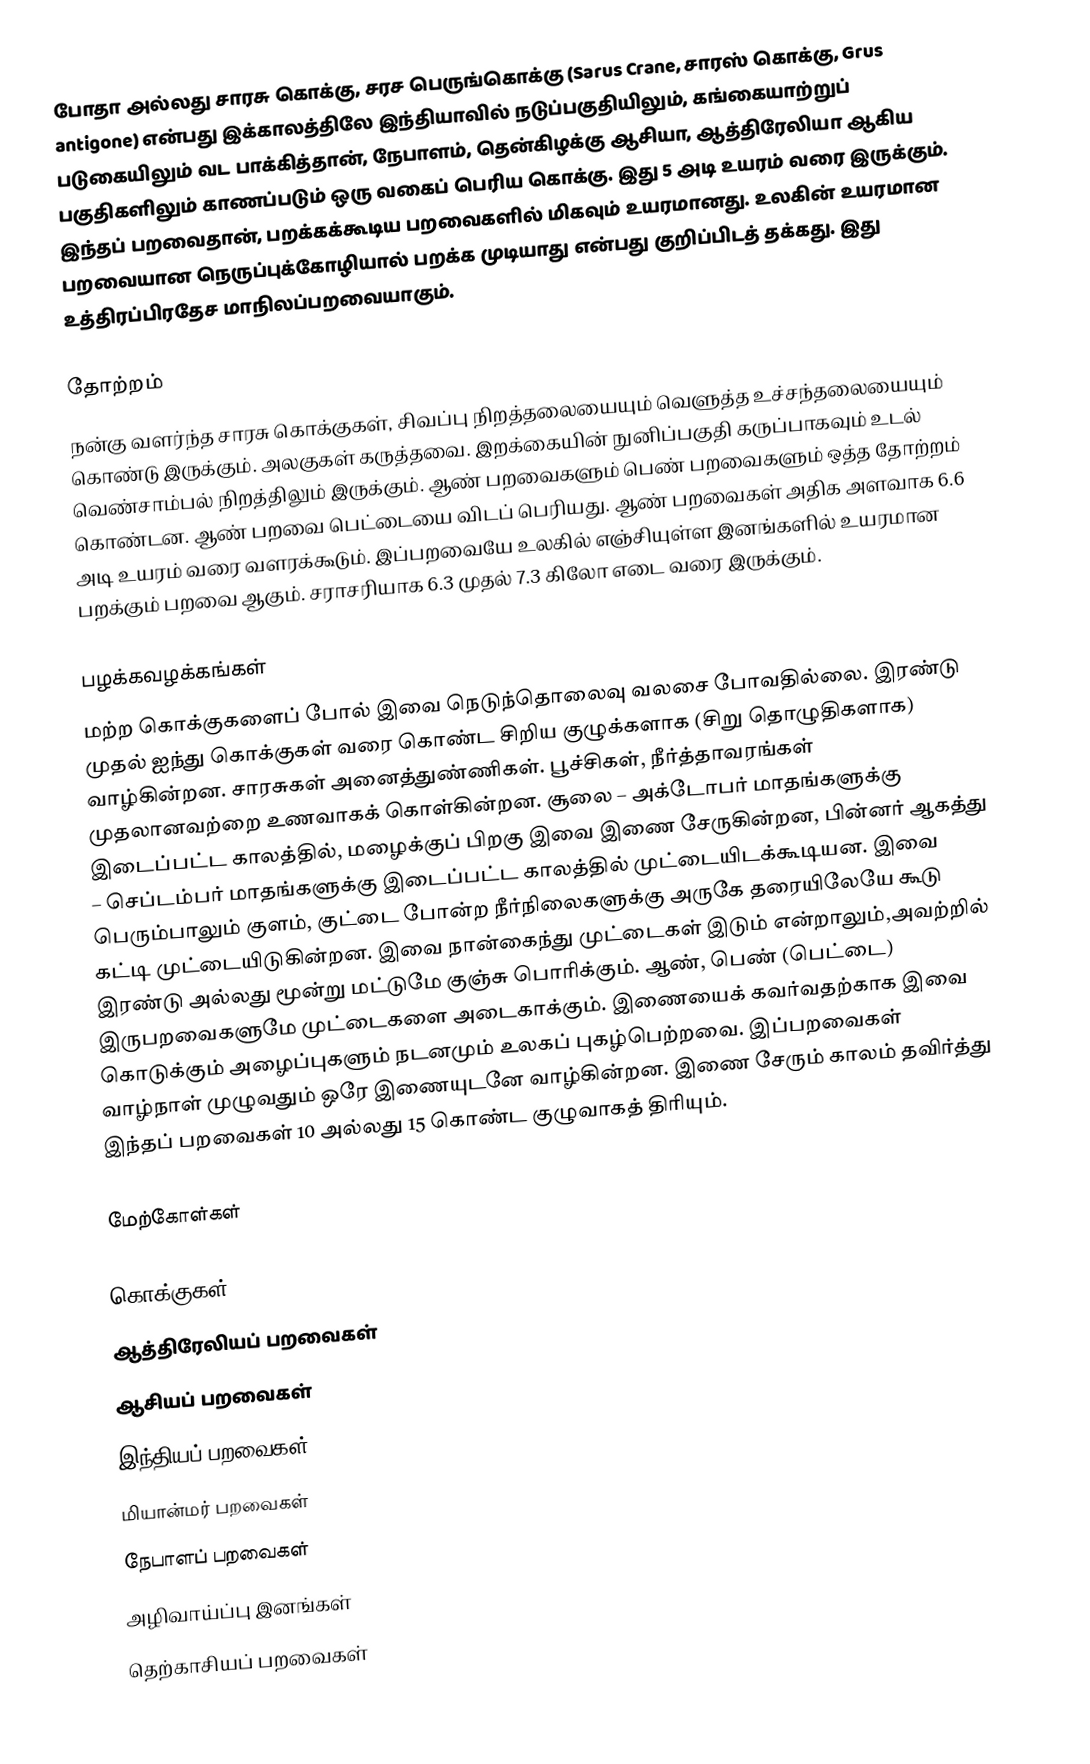
போதா அல்லது சாரசு கொக்கு, சரச பெருங்கொக்கு (Sarus Crane, சாரஸ் கொக்கு, Grus antigone) என்பது இக்காலத்திலே இந்தியாவில் நடுப்பகுதியிலும், கங்கையாற்றுப் படுகையிலும் வட பாக்கித்தான், நேபாளம், தென்கிழக்கு ஆசியா, ஆத்திரேலியா ஆகிய பகுதிகளிலும் காணப்படும் ஒரு வகைப் பெரிய கொக்கு. இது 5 அடி உயரம் வரை இருக்கும். இந்தப் பறவைதான், பறக்கக்கூடிய பறவைகளில் மிகவும் உயரமானது. உலகின் உயரமான பறவையான நெருப்புக்கோழியால் பறக்க முடியாது என்பது குறிப்பிடத் தக்கது. இது உத்திரப்பிரதேச மாநிலப்பறவையாகும்.

தோற்றம்
நன்கு வளர்ந்த சாரசு கொக்குகள், சிவப்பு நிறத்தலையையும் வெளுத்த உச்சந்தலையையும் கொண்டு இருக்கும். அலகுகள் கருத்தவை. இறக்கையின் நுனிப்பகுதி கருப்பாகவும் உடல் வெண்சாம்பல் நிறத்திலும் இருக்கும். ஆண் பறவைகளும் பெண் பறவைகளும் ஒத்த தோற்றம் கொண்டன. ஆண் பறவை பெட்டையை விடப் பெரியது. ஆண் பறவைகள் அதிக அளவாக 6.6 அடி உயரம் வரை வளரக்கூடும். இப்பறவையே உலகில் எஞ்சியுள்ள இனங்களில் உயரமான பறக்கும் பறவை ஆகும். சராசரியாக 6.3 முதல் 7.3 கிலோ எடை வரை இருக்கும்.

பழக்கவழக்கங்கள்
மற்ற கொக்குகளைப் போல் இவை நெடுந்தொலைவு வலசை போவதில்லை. இரண்டு முதல் ஐந்து கொக்குகள் வரை கொண்ட சிறிய குழுக்களாக (சிறு தொழுதிகளாக) வாழ்கின்றன. சாரசுகள் அனைத்துண்ணிகள். பூச்சிகள், நீர்த்தாவரங்கள் முதலானவற்றை உணவாகக் கொள்கின்றன. சூலை – அக்டோபர் மாதங்களுக்கு இடைப்பட்ட காலத்தில், மழைக்குப் பிறகு இவை இணை சேருகின்றன, பின்னர் ஆகத்து – செப்டம்பர் மாதங்களுக்கு இடைப்பட்ட காலத்தில் முட்டையிடக்கூடியன. இவை பெரும்பாலும் குளம், குட்டை போன்ற நீர்நிலைகளுக்கு அருகே தரையிலேயே கூடு கட்டி முட்டையிடுகின்றன. இவை நான்கைந்து முட்டைகள் இடும் என்றாலும்,அவற்றில் இரண்டு அல்லது மூன்று மட்டுமே குஞ்சு பொரிக்கும். ஆண், பெண் (பெட்டை) இருபறவைகளுமே முட்டைகளை அடைகாக்கும்.  இணையைக் கவர்வதற்காக இவை கொடுக்கும் அழைப்புகளும் நடனமும் உலகப் புகழ்பெற்றவை.  இப்பறவைகள் வாழ்நாள் முழுவதும் ஒரே இணையுடனே வாழ்கின்றன. இணை சேரும் காலம் தவிர்த்து இந்தப் பறவைகள் 10 அல்லது 15 கொண்ட குழுவாகத் திரியும்.

மேற்கோள்கள்

கொக்குகள்
ஆத்திரேலியப் பறவைகள்
ஆசியப் பறவைகள்
இந்தியப் பறவைகள்
மியான்மர் பறவைகள்
நேபாளப் பறவைகள்
அழிவாய்ப்பு இனங்கள்
தெற்காசியப் பறவைகள்